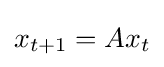
x_{t+1}=Ax_{t}